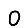
Digit: 0